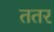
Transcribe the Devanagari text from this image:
ततर